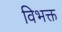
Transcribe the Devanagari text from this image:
विभक्त